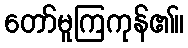
တော်မူကြကုန်၏။